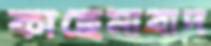
কাছেমাবাদ